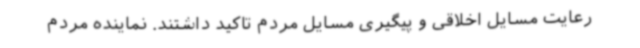
رعایت مسایل اخلاقی و پیگیری مسایل مردم تاکید داشتند. نماینده مردم